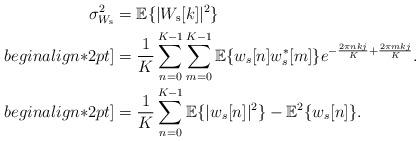
LaTeX: \begin{align*} \sigma_{W_{\rm s}}^2&=\mathbb{E}\{|W_{\rm s}[k]|^2\}\\begin{align*}2pt] &=\frac{1}{K}\sum_{n=0}^{K-1}\sum_{m=0}^{K-1}\mathbb{E}\{ w_s[n]w_s^*[m]\}e^{-\frac{2\pi nkj}{K}+\frac{2\pi mkj}{K}}.\\begin{align*}2pt] &=\frac{1}{K}\sum_{n=0}^{K-1}\mathbb{E}\{ |w_s[n]|^2\}-\mathbb{E}^2\{w_s[n]\}.\end{align*}